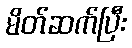
မိတ်ဆက်ပြီး